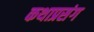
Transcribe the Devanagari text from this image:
कथाप्रसंग